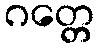
ဂတ္တေ